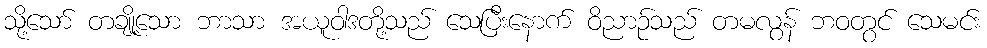
သို့သော် တချို့သော ဘာသာ အယူဝါဒတို့သည် သေပြီးနောက် ဝိညာဉ်သည် တမလွန် ဘဝတွင် သေမင်း